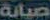
صيانة